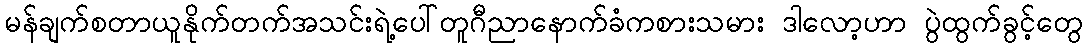
မန်ချက်စတာယူနိုက်တက်အသင်းရဲ့ပေါ်တူဂီညာနောက်ခံကစားသမား ဒါလော့ဟာ ပွဲထွက်ခွင့်တွေ